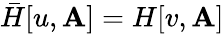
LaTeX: \bar{H}[u,\mathbf{A}]=H[v,\mathbf{A}]